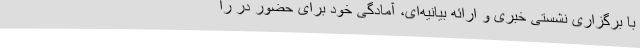
با برگزاری نشستی خبری و ارائه بیانیه‌ای، آمادگی خود برای حضور در را